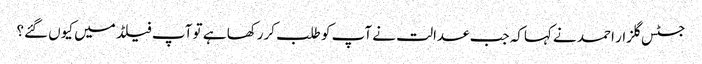
جسٹس گلزار احمد نے کہاکہ جب عدالت نے آپ کو طلب کررکھا ہے تو آپ فیلڈ میں کیوں گئے؟